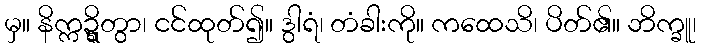
မှ။ နိက္ကဍ္ဍ္ဎိတွာ၊ ငင်ထုတ်၍။ ဒွါရံ၊ တံခါးကို။ ကထေသိ၊ ပိတ်၏။ ဘိက္ခူ၊